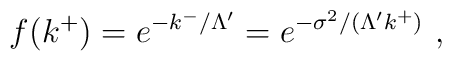
f( k^+ ) = e^{- k^-/\Lambda' }            = e^{- \sigma^2 / ( \Lambda' k^+ ) }~,